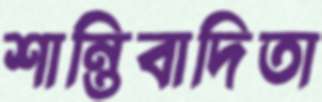
শান্তিবাদিতা